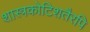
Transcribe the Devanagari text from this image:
शास्त्रकोटिशतैरपि